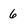
Character: 6